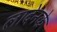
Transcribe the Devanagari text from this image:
लादेनके